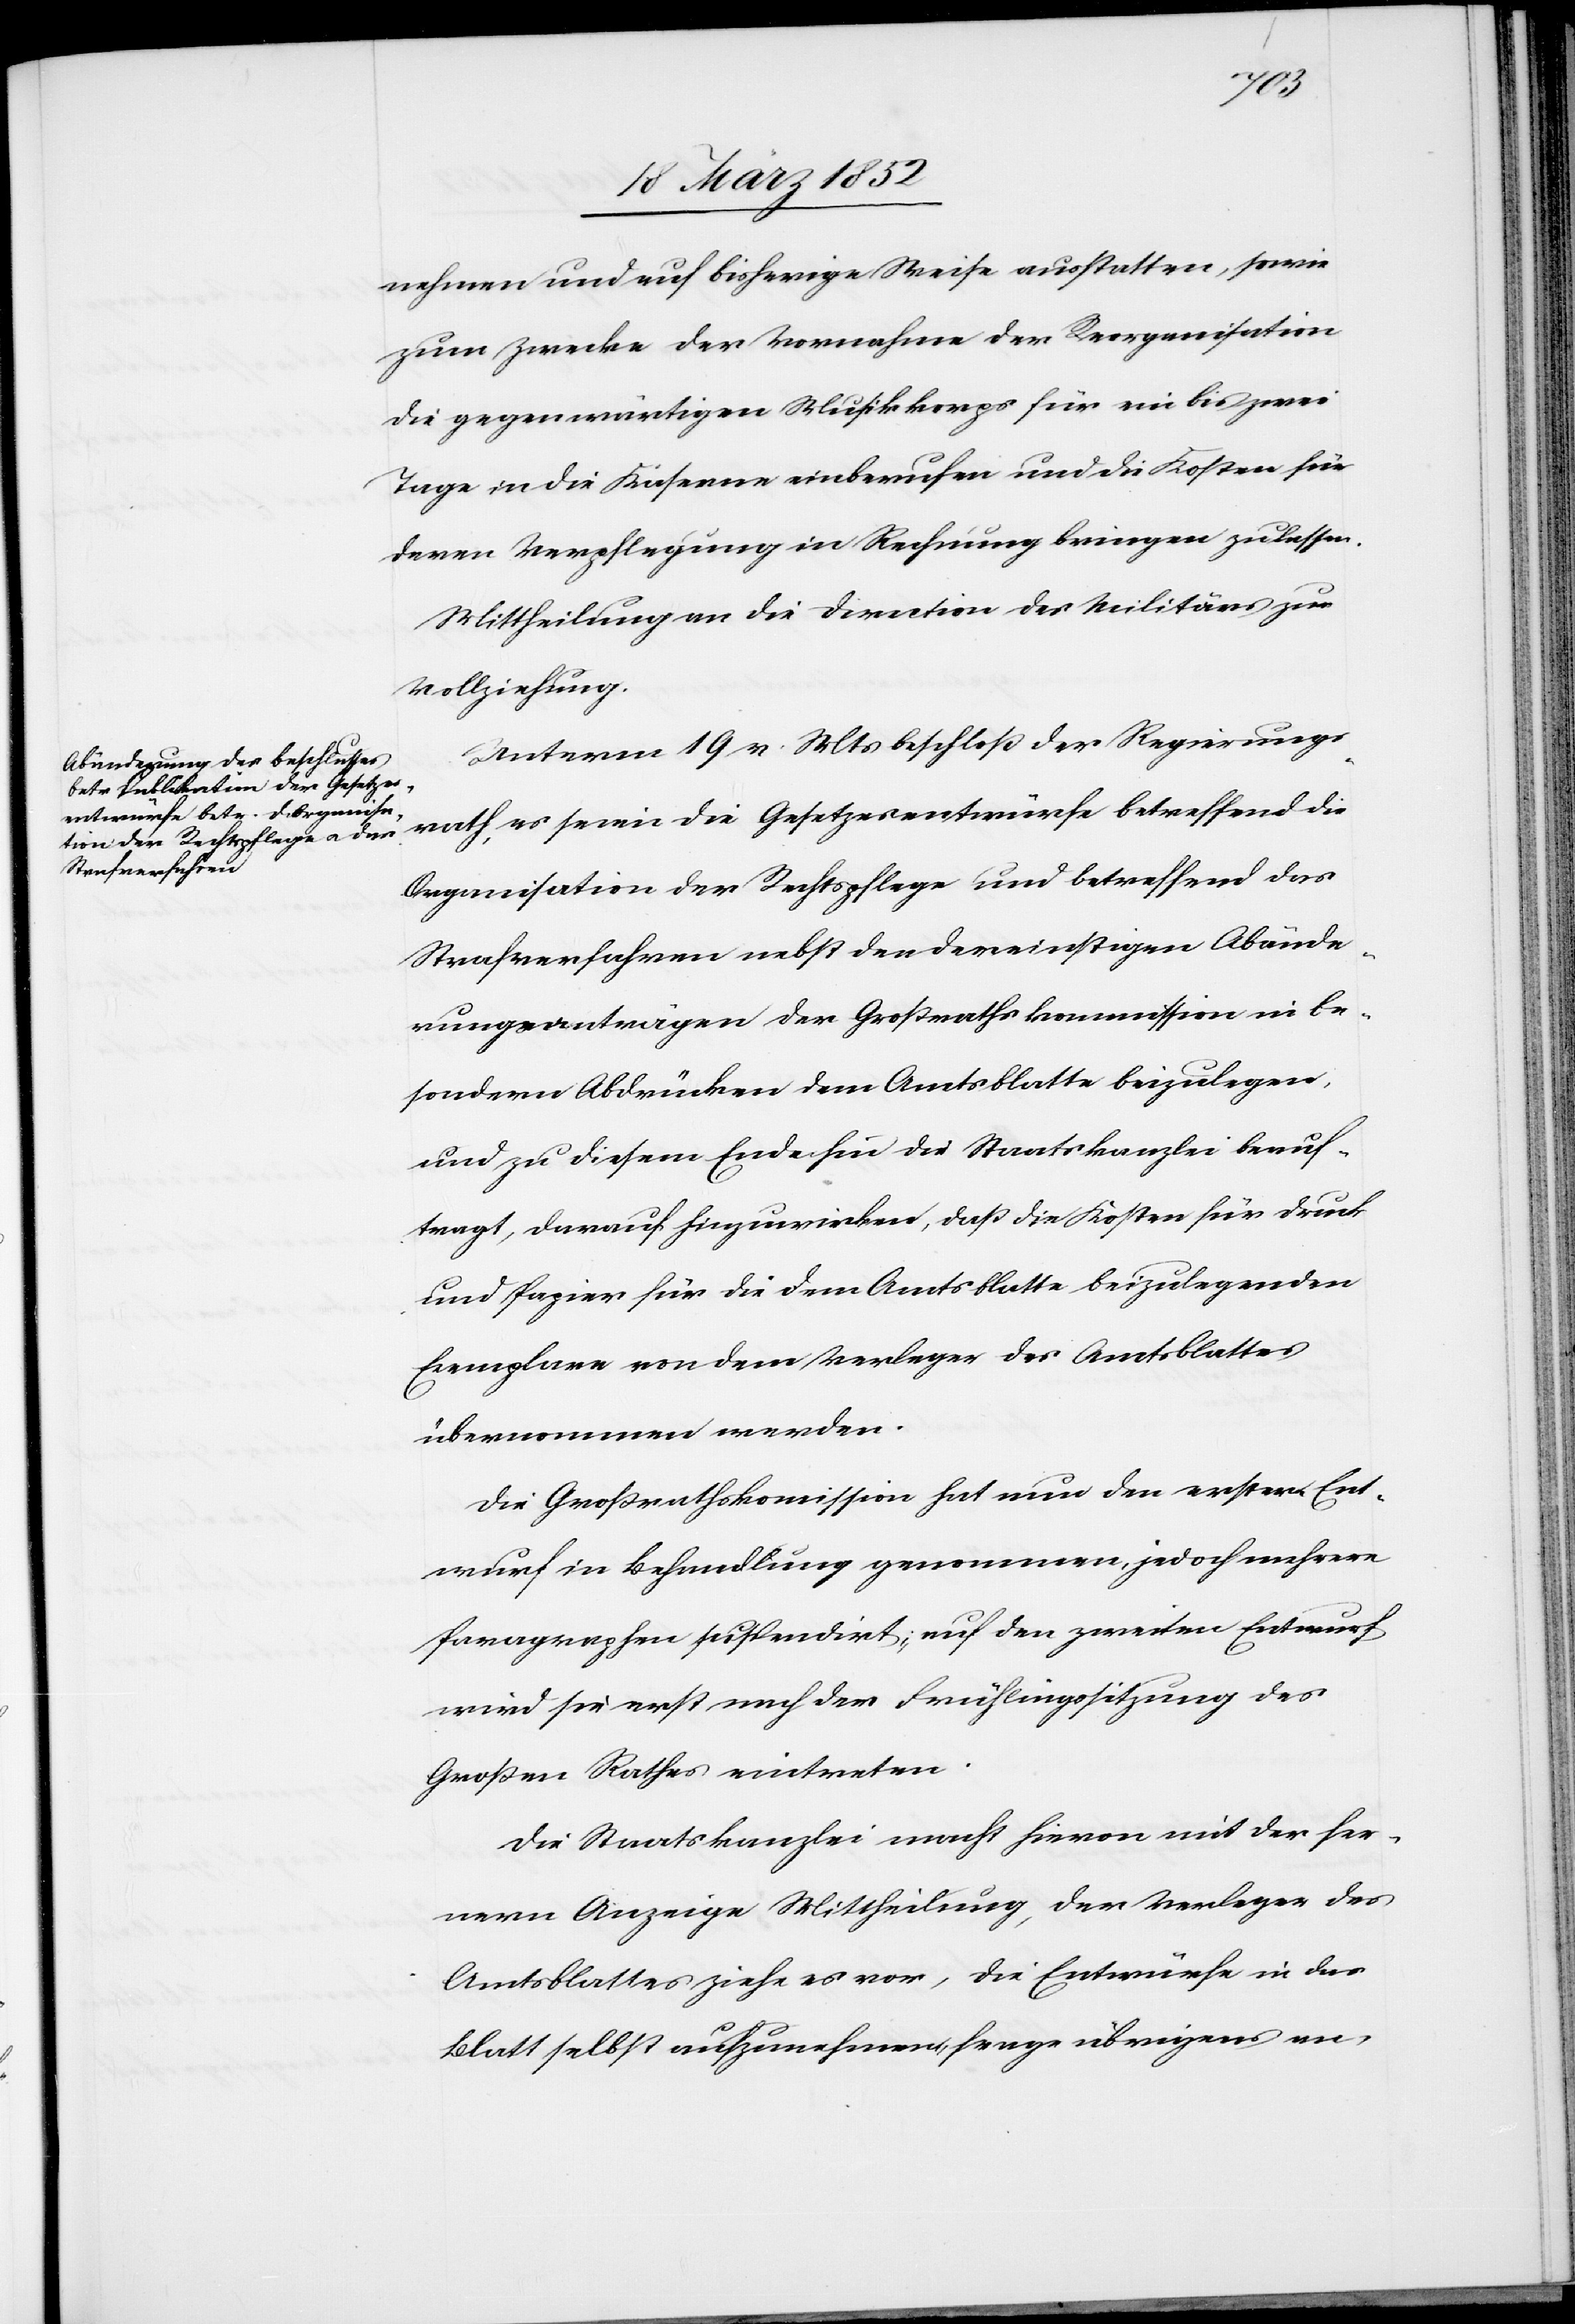
nehmen und auf bisherige Weise ausstatten, sowie
zum Zwecke der Vornahme der Reorganisation
die gegenwärtigen Musikkorps für ein bis zwei
Tage in die Kaserne einberufen und die Kosten für
deren Verpflegung in Rechnung bringen zu lassen.
Mittheilung an die Direction des Militärs zur
Vollziehung.
Unterm 19 v. Mts beschloß der Regierungs¬
rath, es seien die Gesetzesentwürfe betreffend die
Organisation der Rechtspflege und betreffend das
Strafverfahren nebst den dereinstigen Abände¬
rungsanträgen der Großrathskommission in be¬
sondern Abdrücken dem Amtsblatte beizulegen
und zu diesem Ende hin die Staatskanzlei beauf¬
tragt, darauf hinzuwirken, daß die Kosten für Druck
und Papier für die dem Amtsblatte beizulegenden
Exemplare von dem Verleger des Amtsblattes
übernommen werden.
Die Großrathskommission hat nun den ersten Ent¬
wurf in Behandlung genommen, jedoch mehrere
Paragraphen suspendirt, auf den zweiten Entwurf
wird sie erst nach der Frühlingssitzung des
Großen Raths eintreten.
Die Staatskanzlei macht hievon mit der fer¬
nern Anzeige Mittheilung, der Verleger des
Amtsblattes ziehe es vor, die Entwürfe in das
Blatt selbst aufzunehmen, frage übrigens an,